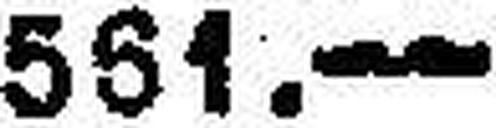
561.—